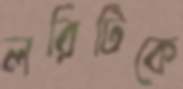
লরিটিকে